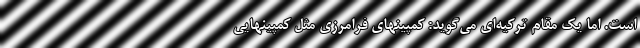
است. اما یک مقام ترکیه‌ای می‌گوید: کمپینهای فرامرزی مثل کمپینهایی